Civil Veterinary Dept. North-West Frontier Province 1923-32 - 1923-1932
Year: 1923
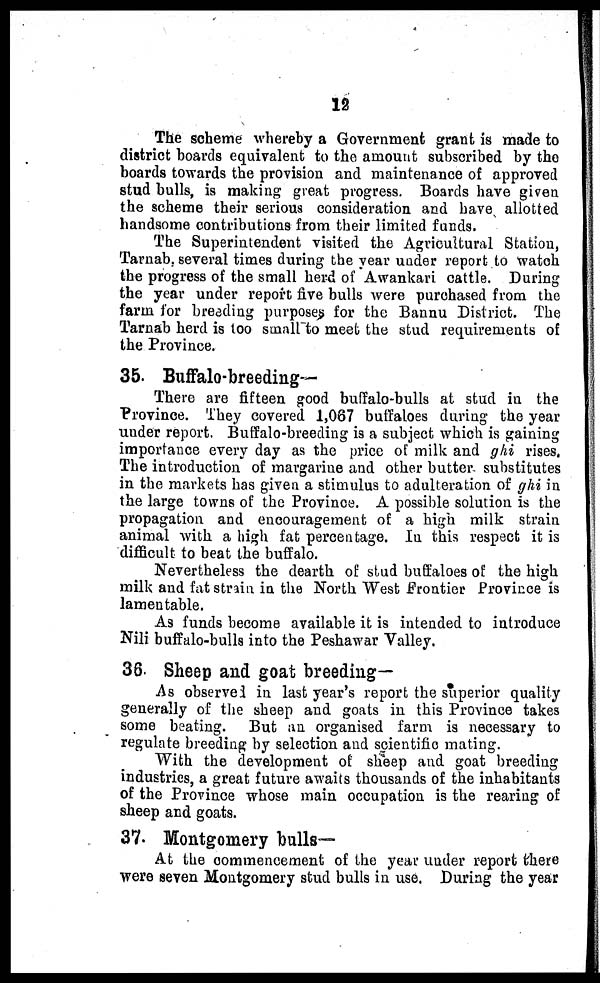
12
The scheme whereby a Government grant is made to
district boards equivalent to the amount subscribed by the
boards towards the provision and maintenance of approved
stud bulls, is making great progress. Boards have given
the scheme their serious consideration and have allotted
handsome contributions from their limited funds.
The Superintendent visited the Agricultural Station,
Tarnab, several times during the year under report to watch
the progress of the small herd of Awankari cattle. During
the year under report five bulls were purchased from the
farm for breading purposes for the Bannu District. The
Tarnab herd is too small to meet the stud requirements of
the Province.
35. Buffalo-breeding—
There are fifteen good buffalo-bulls at stud in the
Province. They covered 1,067 buffaloes during the year
under report. Buffalo-breeding is a subject which is gaining
importance every day as the price of milk and ghi rises.
The introduction of margarine and other butter substitutes
in the markets has given a stimulus to adulteration of ghi in
the large towns of the Province. A possible solution is the
propagation and encouragement of a high milk strain
animal with a high fat percentage. In this respect it is
difficult to beat the buffalo.
Nevertheless the dearth of stud buffaloes of the high
milk and fat strain in the North West Frontier Province is
lamentable.
As funds become available it is intended to introduce
Nili buffalo-bulls into the Peshawar Valley.
36. Sheep and goat breeding—
As observed in last year's report the superior quality
generally of the sheep and goats in this Province takes
some beating. But an organised farm is necessary to
regulate breeding by selection and scientific mating.
With the development of sheep and goat breeding
industries, a great future awaits thousands of the inhabitants
of the Province whose main occupation is the rearing of
sheep and goats.
37. Montgomery bulls—
At the commencement of the year under report there
were seven Montgomery stud bulls in use. During the year